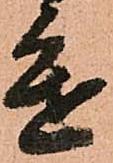
進